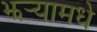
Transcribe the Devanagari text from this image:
झर्‍यामधे